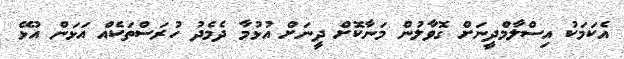
އެކަމަކު އިސްލާމްދީނަށް ގޮވާލުން މަނާކޮށް ދީނަށް އުޅުމާ ދެމެދު ހުރަސްތަކެއް އަޅަން އުޅޭ